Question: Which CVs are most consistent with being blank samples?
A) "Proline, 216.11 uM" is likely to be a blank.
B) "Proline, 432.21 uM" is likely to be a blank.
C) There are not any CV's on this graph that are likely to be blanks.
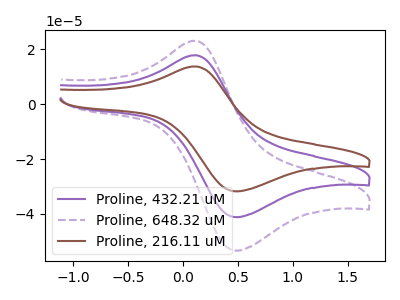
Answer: <think>The purple curve "Proline, 432.21 uM" has an anodic peak at (0.10V, 17.85uA) and a cathodic peak at (0.45V, -41.15uA). The purple dashed curve "Proline, 648.32 uM" has an anodic peak at (0.10V, 35.70uA) and a cathodic peak at (0.45V, -82.30uA). The brown curve "Proline, 216.11 uM" has an anodic peak at (0.10V, 13.80uA) and a cathodic peak at (0.45V, -31.75uA).</think>
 <answer>C) There are not any CV's on this graph that are likely to be blanks.</answer>
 <eval>C</eval>